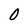
Character: 0